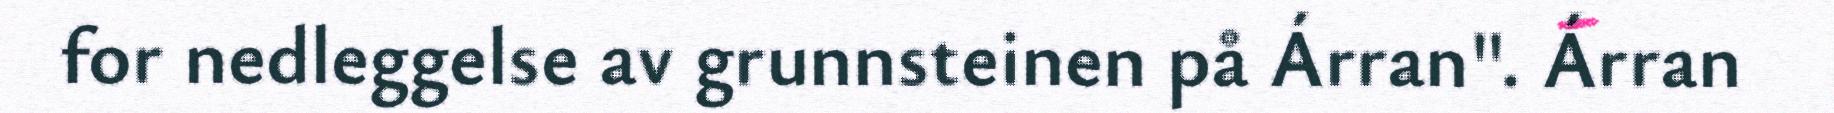
for nedleggelse av grunnsteinen på Árran". Árran